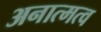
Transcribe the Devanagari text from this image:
अनात्मत्व